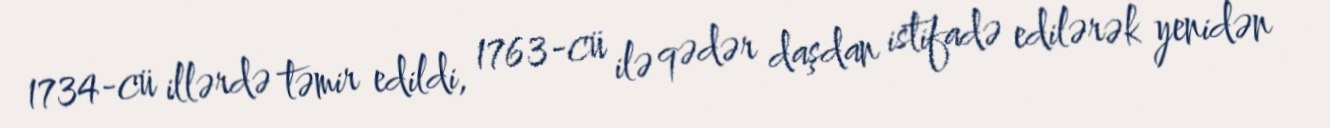
1734-cü illərdə təmir edildi, 1763-cü ilə qədər daşdan istifadə edilərək yenidən